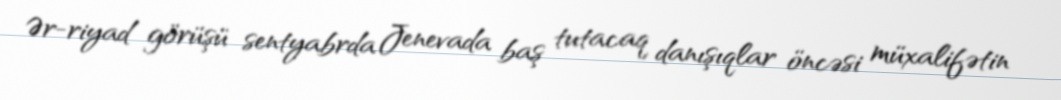
Ər-riyad görüşü sentyabrda Jenevada baş tutacaq danışıqlar öncəsi müxalifətin